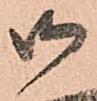
御